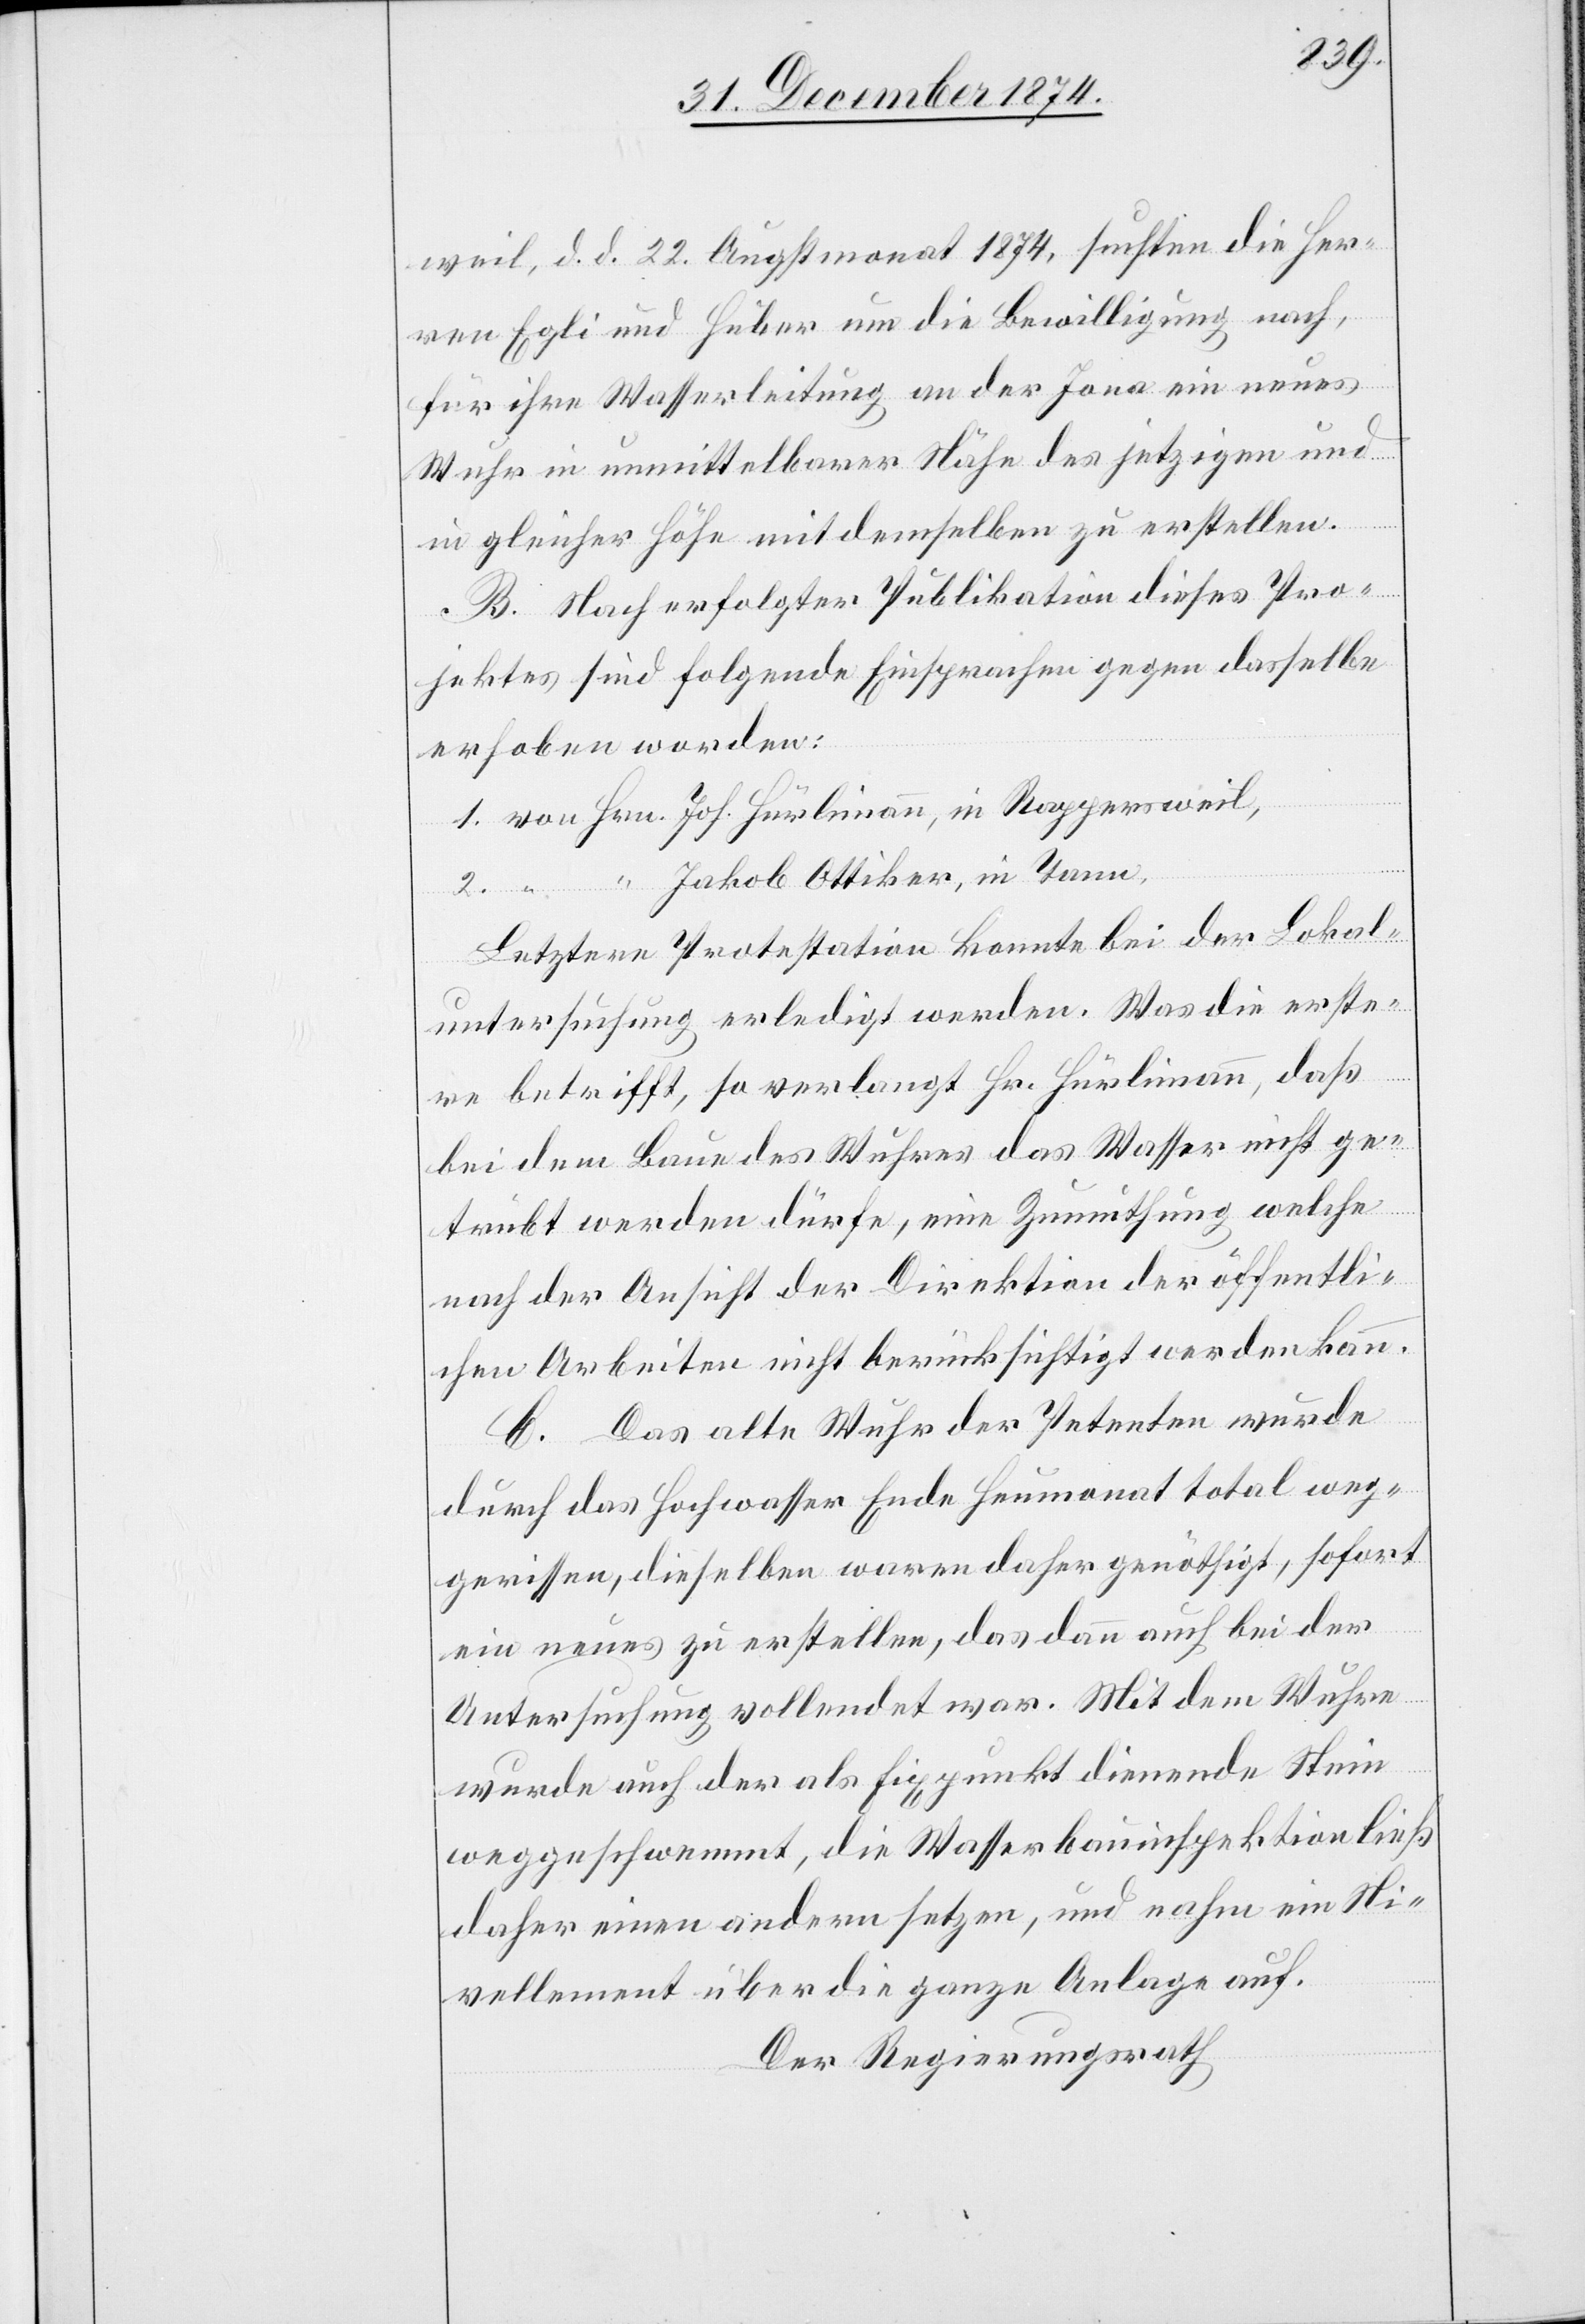
weil, d. d. 22. Augstmonat 1874, suchten die Her¬
ren Egli und Huber um die Bewilligung nach,
für ihre Wasserleitung an der Jona ein neues
Wuhr in unmittelbarer Nähe des jetzigen und
in gleicher Höhe mit demselben zu erstellen.
B. Nach erfolgter Publikation dieses Pro¬
jektes sind folgende Einsprachen gegen dasselbe
erhoben worden:
1. von Hrn. Joh. Hürlimann, in Rappersweil,
2. “ “ Jakob Ottiker, in Tann,
Letztere Protestation konnte bei der Lokal¬
untersuchung erledigt werden. Was die erste¬
re betrifft, so verlangt Hr. Hürlimann, daß
bei dem Baue des Wuhres das Wasser nicht ge¬
trübt werden dürfe, eine Zumuthung welche
nach der Ansicht der Direktion der öffentli¬
chen Arbeiten nicht berücksichtigt werden kann.
B. Das alte Wuhr der Petenten wurde
durch das Hochwasser Ende Heumonat total weg¬
gerissen, dieselben waren daher genöthigt, sofort
ein neues zu erstellen, das dann auch bei der
Untersuchung vollendet war. Mit dem Wuhre
wurde auch der als Fixpunkt dienende Stein
weggeschwemmt, die Wasserbauinspektion ließ
daher einen andern setzen, und nahm ein Ni¬
vellement über die ganze Anlage auf.
Der Regierungsrath